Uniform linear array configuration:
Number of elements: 32
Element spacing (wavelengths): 0.75
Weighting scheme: hann
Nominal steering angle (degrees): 0
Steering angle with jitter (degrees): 1.786
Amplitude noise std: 0.05
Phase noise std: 0.05

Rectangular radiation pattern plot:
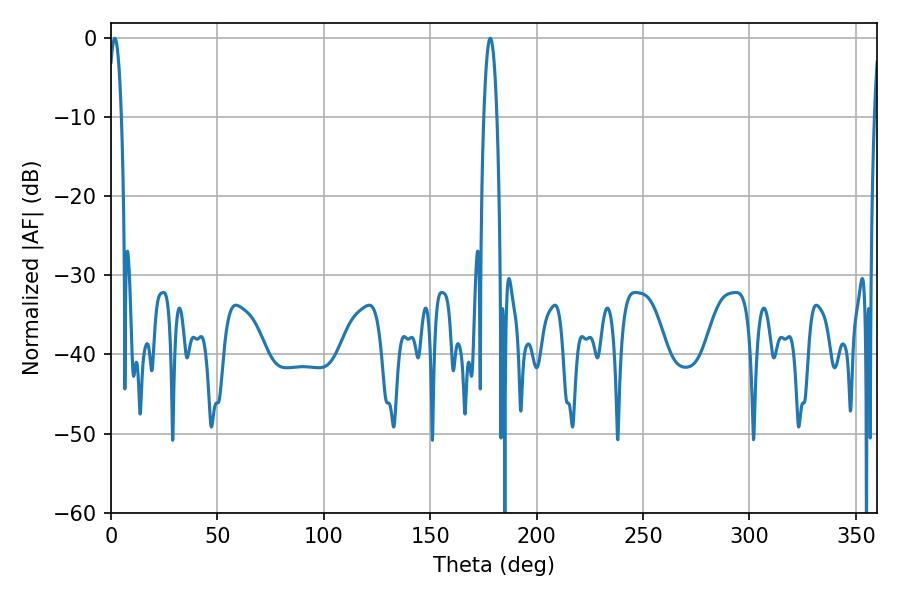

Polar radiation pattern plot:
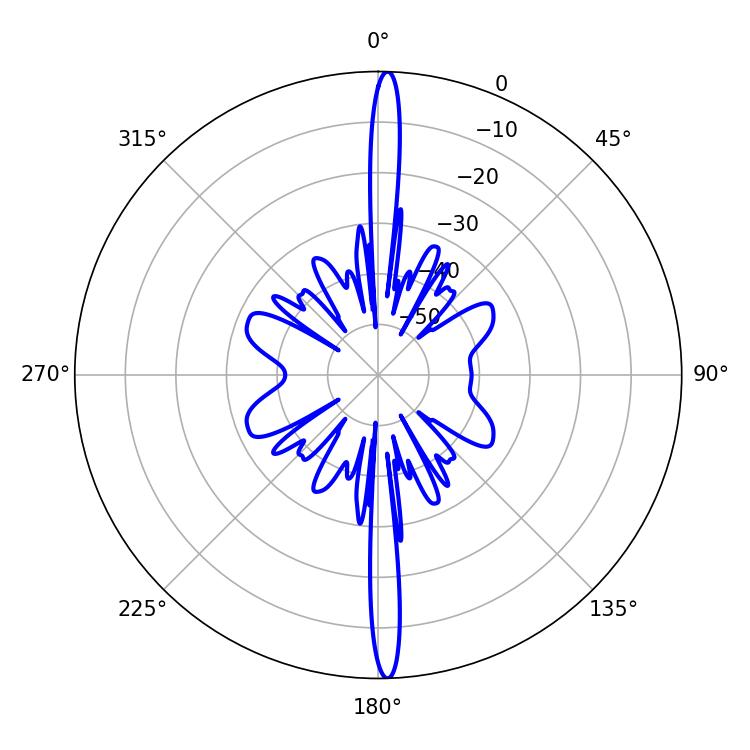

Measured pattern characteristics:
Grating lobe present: TRUE
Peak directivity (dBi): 27.153
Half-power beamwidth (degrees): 3.24
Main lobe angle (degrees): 1.8